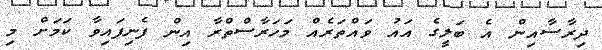
ދިރާސާއިން އެ ބަލީގެ އައު ވައްތަރެއް މަހަރާސްތްރާ އިން ފެނިފައިވާ ކަމަށް މި